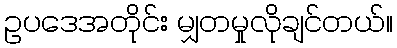
ဥပဒေအတိုင်း မျှတမှုလိုချင်တယ်။